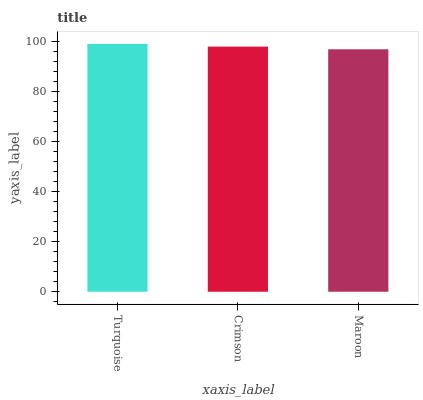
| xaxis_label | bars |
 | --- | --- |
 | Turquoise | 99 |
 | Crimson | 97.9 |
 | Maroon | 96.8 |